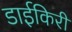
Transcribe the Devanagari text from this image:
डाईकिरी